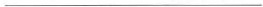
___